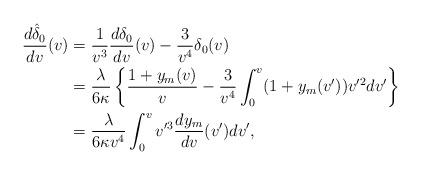
LaTeX: \begin{align*} \frac{d\hat{\delta}_0}{dv}(v)&=\frac{1}{v^3}\frac{d\delta_0}{dv}(v)-\frac{3}{v^4}\delta_0(v)\\&=\frac{\lambda}{6\kappa}\left\{\frac{1+y_m(v)}{v}-\frac{3}{v^4}\int_0^v(1+y_m(v'))v'^2dv'\right\}\\&=\frac{\lambda}{6\kappa v^4}\int_0^vv'^3\frac{dy_m}{dv}(v')dv',\end{align*}